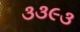
૩૩૯૩